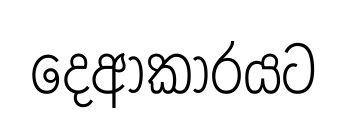
දෙආකාරයට